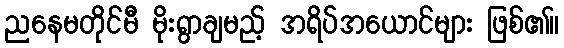
ညနေမတိုင်မီ မိုးရွာချမည့် အရိပ်အယောင်များ ဖြစ်၏။